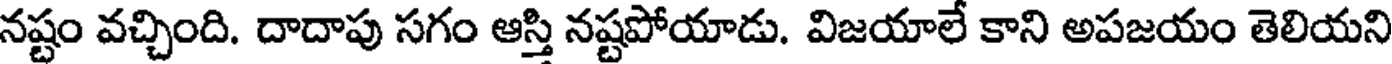
నష్టం వచ్చింది. దాదాపు సగం ఆస్తి నష్టపోయాడు. విజయాలే కాని అపజయం తెలియని